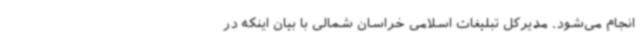
انجام می‌شود. مدیرکل تبلیغات اسلامی خراسان شمالی با بیان اینکه در